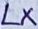
Text: LX